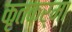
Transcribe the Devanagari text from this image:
कृतकर्मा